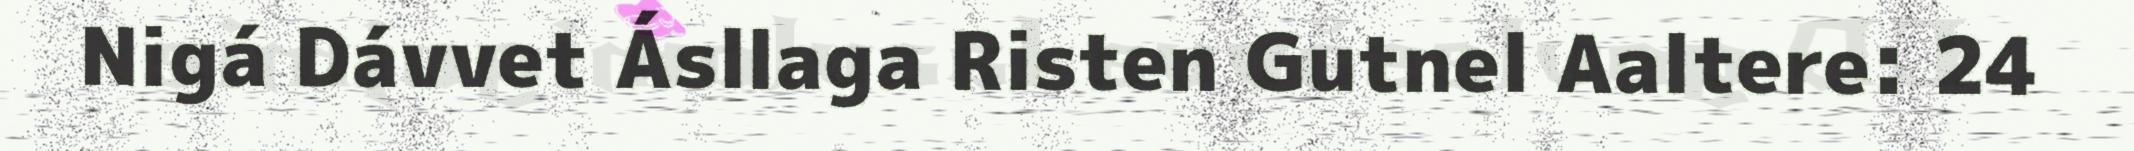
Nigá Dávvet Ásllaga Risten Gutnel Aaltere: 24